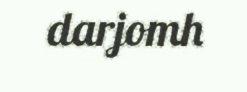
darjomh